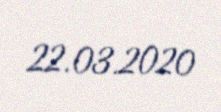
22.03.2020